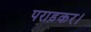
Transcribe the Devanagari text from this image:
पराड़कर।